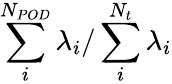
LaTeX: \sum_{i}^{N_{POD}}\lambda_{i}/\sum_{i}^{N_{t}}\lambda_{i}